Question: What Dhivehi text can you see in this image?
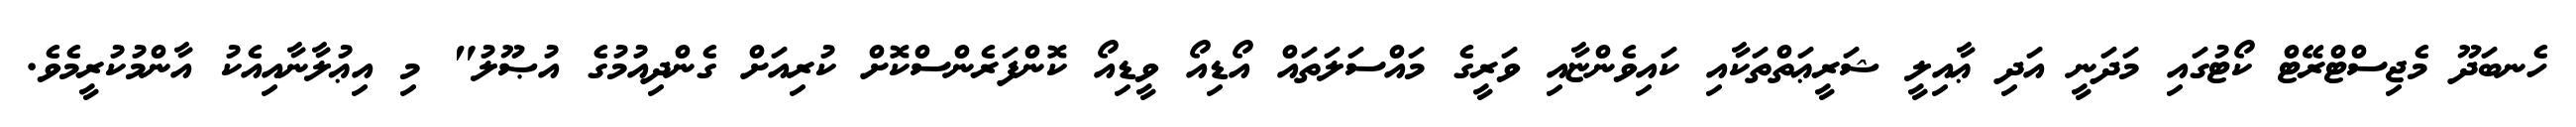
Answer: ހެނބަދޫ މެޖިސްޓްރޭޓް ކޯޓުގައި މަދަނީ އަދި ޢާއިލީ ޝަރީޢަތްތަކާއި ކައިވެންޏާއި ވަރީގެ މައްސަލަތައް އޯޑިއޯ ވީޑިއޯ ކޮންފަރެންސްކޮށް ކުރިއަށް ގެންދިއުމުގެ އުޞޫލު" މި އިޢުލާނާއިއެކު އާންމުކުރީމެވެ.